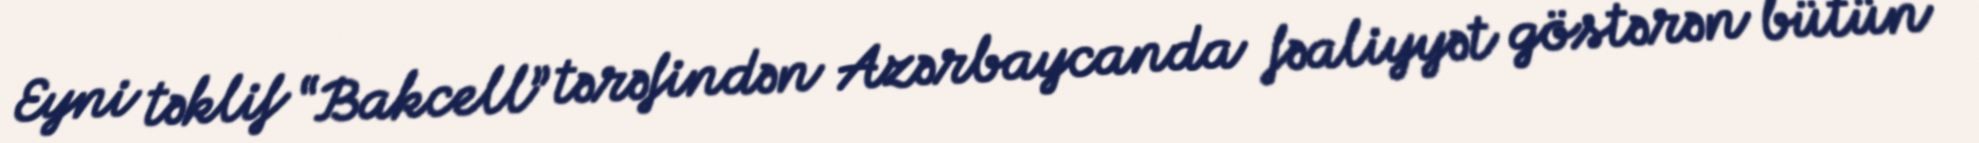
Eyni təklif “Bakcell” tərəfindən Azərbaycanda fəaliyyət göstərən bütün